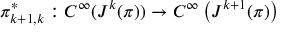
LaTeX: \pi _ { k + 1 , k } ^ { * } : C ^ { \infty } ( J ^ { k } ( \pi ) ) \to C ^ { \infty } \left( J ^ { k + 1 } ( \pi ) \right)